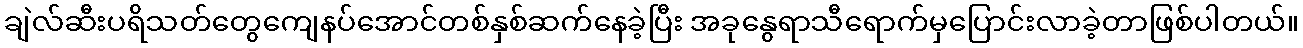
ချဲလ်ဆီးပရိသတ်တွေကျေနပ်အောင်တစ်နှစ်ဆက်နေခဲ့ပြီး အခုနွေရာသီရောက်မှပြောင်းလာခဲ့တာဖြစ်ပါတယ်။